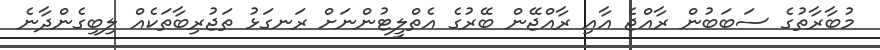
މުބާރާތުގެ ސަބަބުން ރާއްޖެ އާއި ރާއްޖޭން ބޭރުގެ އެތްލީޓުންނަށް ރަނގަޅު ތަޖުރިބާތަކެއް ލިބިގެންދާނެ